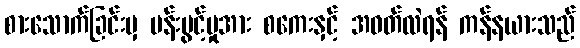
စားသောက်ခြင်းမှ ပန်းပွင့်မှုအား စကေးနှင့် အဝတ်လဲရန် ကန်နယားသည်